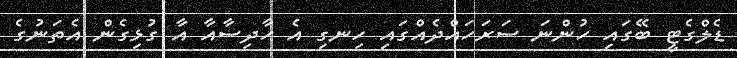
ޑެލްގެޓީ ބޭގައި ހުންނަ ސަރަހައްދެއްގައި ހިނގި އެ ހާދިސާއާ އާ ގުޅިގެން އެތަނުގެ